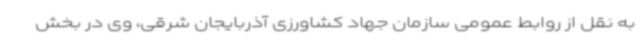
به نقل از روابط عمومی سازمان جهاد کشاورزی آذربایجان شرقی، وی در بخش